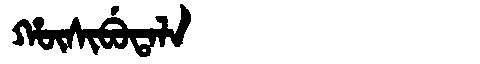
Manchu: ᡥᡡᠰᡳᠪᡠᡨᠠᠯᠠ
Romanization: HŪSIBUTALA